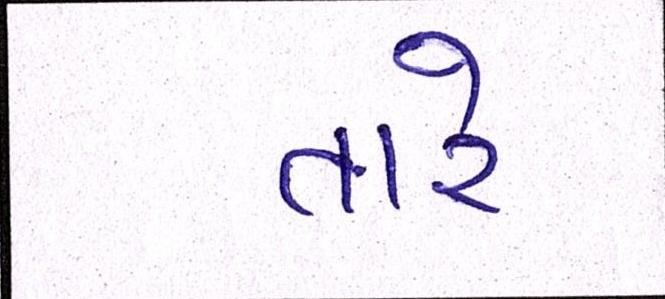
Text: તારે